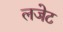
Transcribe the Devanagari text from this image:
लजेट